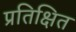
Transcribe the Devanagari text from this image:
प्रतिक्षित